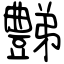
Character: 豑